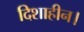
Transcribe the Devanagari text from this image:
दिशाहीन।